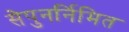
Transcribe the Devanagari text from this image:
सेपुनर्निमित